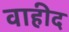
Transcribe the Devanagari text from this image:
वाहीद